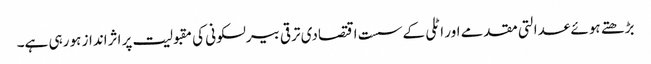
بڑھتے ہوئے عدالتی مقدمے اور اٹلی کے سست اقتصادی ترقی بیرلسکونی کی مقبولیت پر اثرانداز ہو رہی ہے۔